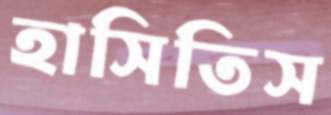
হাসিতিস